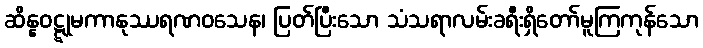
ဆိန္နဝဋ္ဋုမကာနုဿရဏဝသေန၊ ပြတ်ပြီးသော သံသရာလမ်းခရီးရှိတော်မူကြကုန်သော